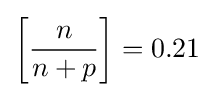
\left[{\frac {n}{n+p}}\right]=0.21